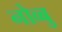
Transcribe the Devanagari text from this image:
नोव्बु